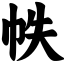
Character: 帙